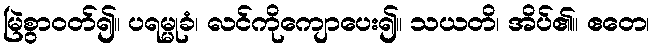
မြဲစွာဝတ်၍။ ပရမ္မုခံ၊ လင်ကိုကျောပေး၍။ သယတိ၊ အိပ်၏။ ဧတေ၊